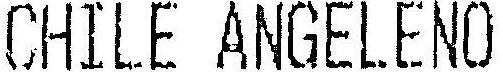
CHILE ANGELENO